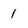
Character: 1